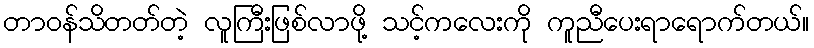
တာဝန်သိတတ်တဲ့ လူကြီးဖြစ်လာဖို့ သင့်ကလေးကို ကူညီပေးရာရောက်တယ်။